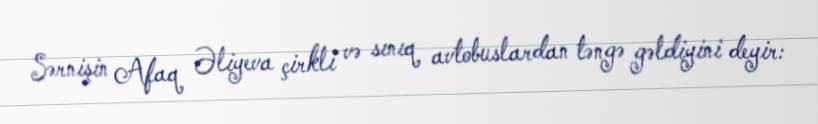
Sərnişin Afaq Əliyeva çirkli və sınıq avtobuslardan təngə gəldiyini deyir: